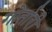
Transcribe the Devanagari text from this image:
गोर्तारी